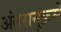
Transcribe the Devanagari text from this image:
अंतरानुक्रमे